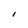
Character: I